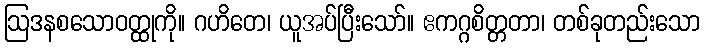
ဩဒနစသောဝတ္ထုကို။ ဂဟိတေ၊ ယူအပ်ပြီးသော်။ ဧကဂ္ဂစိတ္တတာ၊ တစ်ခုတည်းသော